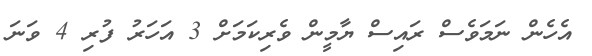
އެހެން ނަމަވެސް ރައިސް ޔާމީން ވެރިކަމަށް 3 އަހަރު ފުރި 4 ވަނަ